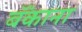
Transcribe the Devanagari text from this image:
बॅंकाना